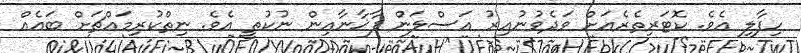
ހިފާލި އެވެ. ކޮޓަރިތެރެއަށް ވަދެވުނުއިރު އަސްލަން ފާޚާނާއިން ނުކުތީ އެވެ. ނިތްކުރިމައްޗަށް ބައެއް